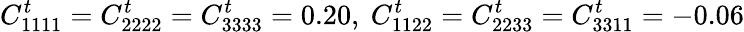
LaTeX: C_{1111}^{t}=C_{2222}^{t}=C_{3333}^{t}=0.20,~C_{1122}^{t}=C_{2233}^{t}=C_{3311}^{t}=-0.06